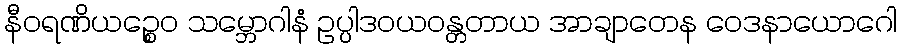
နီဝရဏိယဉ္စေဝ သမ္ဘောဂါနံ ဥပ္ပါဒဝယဝန္တတာယ အာချာတေန ဝေဒနာယောဂေါ